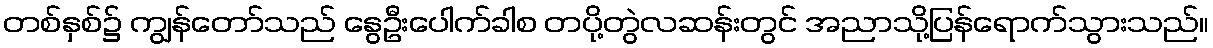
တစ်နှစ်၌ ကျွန်တော်သည် နွေဦးပေါက်ခါစ တပို့တွဲလဆန်းတွင် အညာသို့ပြန်ရောက်သွားသည်။